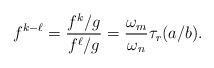
LaTeX: \begin{align*}f^{k-\ell} = \frac{f^k/g}{f^\ell/g} = \frac{\omega_m}{\omega_n} \tau_r(a/b).\end{align*}